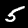
Label: 5